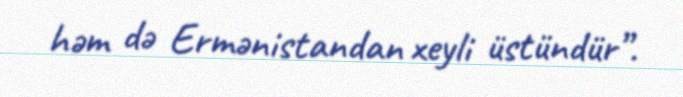
həm də Ermənistandan xeyli üstündür”.